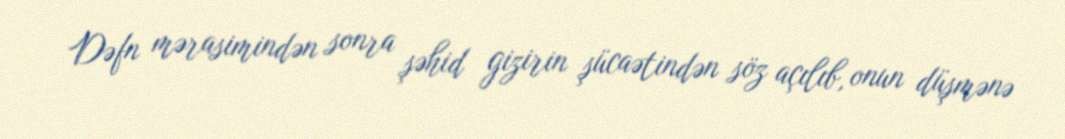
Dəfn mərasimindən sonra şəhid gizirin şücaətindən söz açılıb, onun düşmənə